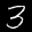
Label: 3